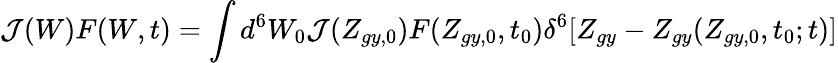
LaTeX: {\cal J}(W)F(W,t)=\int d^{6}W_{0}{\cal J}(Z_{gy,0})F(Z_{gy,0},t_{0})\delta^{6}[Z_{gy}-Z_{gy}(Z_{gy,0},t_{0};t)]